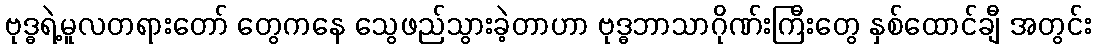
ဗုဒ္ဓရဲ့မူလတရားတော် တွေကနေ သွေဖည်သွားခဲ့တာဟာ ဗုဒ္ဓဘာသာဂိုဏ်းကြီးတွေ နှစ်ထောင်ချီ အတွင်း